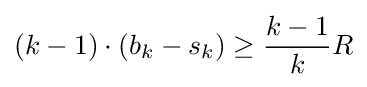
(k-1)\cdot (b_{k}-s_{k})\geq {k-1 \over k}R